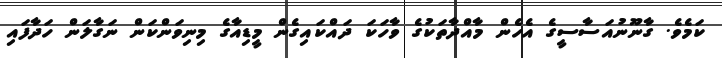
ކަމެވެ. ގާނޫނުއަސާސީގެ އެހެން މާއްދާތަކުގެ ވާހަކަ ދައްކައިގެން މީޑިއާގެ މިނިވަންކަން ނަގާލަން ހަދާފައި